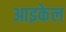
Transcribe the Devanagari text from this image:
आइकेल